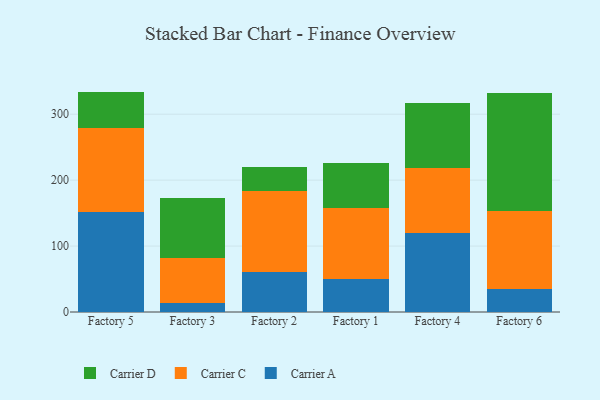
{"axis": {"x": "Factory", "y": "Backlog"}, "legend": ["Carrier A", "Carrier C", "Carrier D"], "data": [{"x": "Factory 5", "y": 151.3, "type": "Carrier A"}, {"x": "Factory 5", "y": 128.4, "type": "Carrier C"}, {"x": "Factory 5", "y": 54.6, "type": "Carrier D"}, {"x": "Factory 3", "y": 13.4, "type": "Carrier A"}, {"x": "Factory 3", "y": 69.1, "type": "Carrier C"}, {"x": "Factory 3", "y": 90.4, "type": "Carrier D"}, {"x": "Factory 2", "y": 61.4, "type": "Carrier A"}, {"x": "Factory 2", "y": 122.5, "type": "Carrier C"}, {"x": "Factory 2", "y": 35.4, "type": "Carrier D"}, {"x": "Factory 1", "y": 50.8, "type": "Carrier A"}, {"x": "Factory 1", "y": 107.0, "type": "Carrier C"}, {"x": "Factory 1", "y": 67.9, "type": "Carrier D"}, {"x": "Factory 4", "y": 119.9, "type": "Carrier A"}, {"x": "Factory 4", "y": 98.0, "type": "Carrier C"}, {"x": "Factory 4", "y": 99.1, "type": "Carrier D"}, {"x": "Factory 6", "y": 35.2, "type": "Carrier A"}, {"x": "Factory 6", "y": 118.6, "type": "Carrier C"}, {"x": "Factory 6", "y": 178.8, "type": "Carrier D"}]}